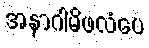
အနာဂါမိဖလံပေ